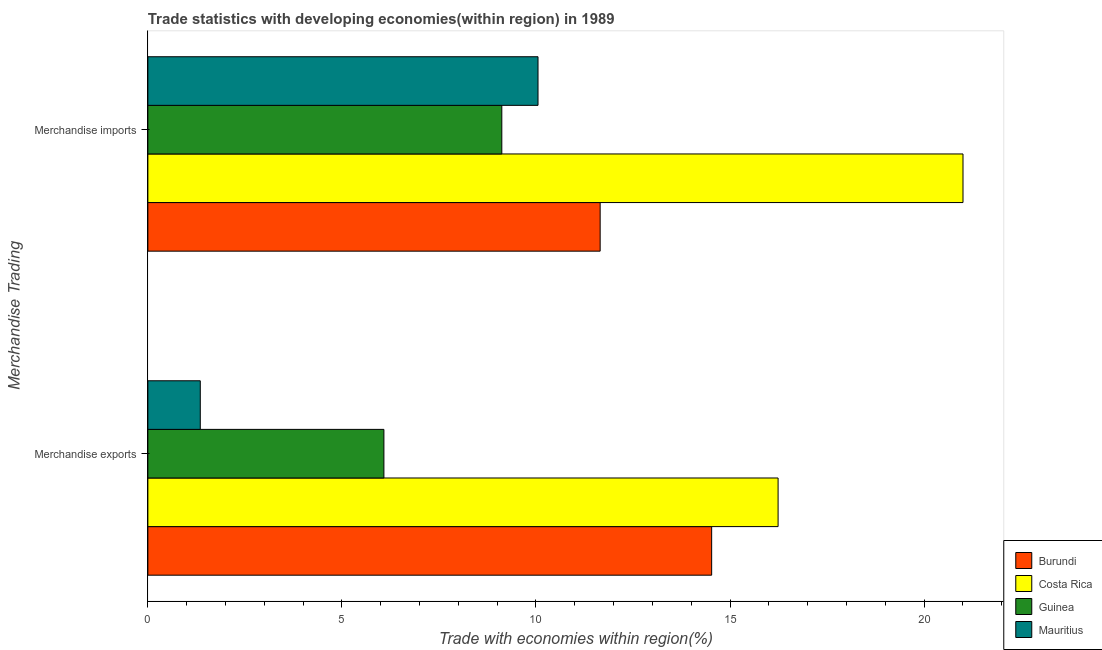
| Merchandise Trading | Burundi | Costa Rica | Guinea | Mauritius |
 | --- | --- | --- | --- | --- |
 | Merchandise exports | 14.5 | 16.2 | 6.08 | 1.35 |
 | Merchandise imports | 11.7 | 21 | 9.12 | 10.1 |